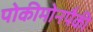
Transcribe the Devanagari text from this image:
पोकीमोनपैकी